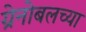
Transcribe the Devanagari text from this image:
ग्रेनोबलच्या